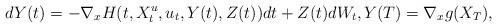
LaTeX: \begin{align*}dY(t) = - \nabla_x H(t,X^u_t,u_t,Y(t),Z(t))dt + Z(t)dW_t, Y(T) = \nabla_x g(X_T),\end{align*}